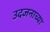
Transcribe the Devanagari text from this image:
उदजनाच्या